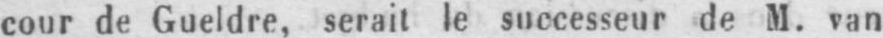
cour de Gueldre, serait le successeur de M. van